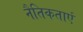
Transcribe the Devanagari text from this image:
नैतिकताएं